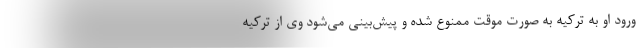
ورود او به ترکیه به صورت موقت ممنوع شده و پیش‌بینی می‌شود وی از ترکیه